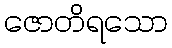
ဇောတိရသော